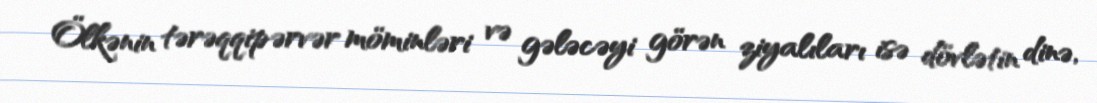
Ölkənin tərəqqipərvər möminləri və gələcəyi görən ziyalıları isə dövlətin dinə,